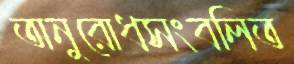
অনুরোধসংবলিত